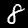
Digit: 8